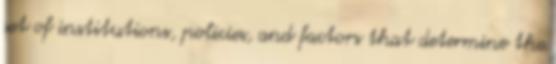
set of institutions, policies, and factors that determine the